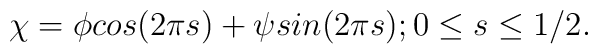
\chi =\phi cos(2\pi s)+\psi sin(2\pi s);0\leq s\leq 1/2.